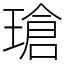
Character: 瑲